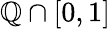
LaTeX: \mathbb{Q}\cap[0,1]